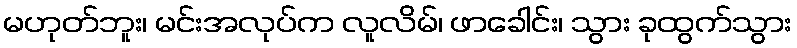
မဟုတ်ဘူး၊ မင်းအလုပ်က လူလိမ်၊ ဖာခေါင်း၊ သွား ခုထွက်သွား